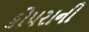
કોપરાની